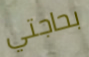
بحاجتي